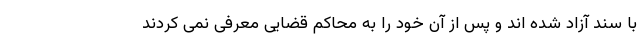
با سند آزاد شده اند و پس از آن خود را به محاکم قضایی معرفی نمی کردند